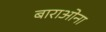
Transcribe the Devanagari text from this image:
बाराओना